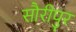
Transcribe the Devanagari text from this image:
सौरीपुर